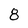
Character: 8